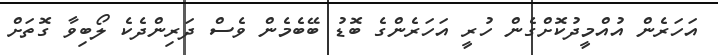
އަހަރެން އުއްމީދުކޮށްގެން ހުރީ އަހަރެންގެ ބޮޑު ބޭބެމެން ވެސް ދަރިންދެކެ ލޯބިވާ ގޮތަށް